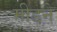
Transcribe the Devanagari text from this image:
मीडने